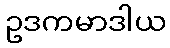
ဥဒကမာဒါယ